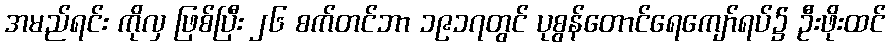
အမည်ရင်း ကိုလှ ဖြစ်ပြီး ၂၆ စက်တင်ဘာ ၁၉၁၇တွင် ပုစွန်တောင်ရေကျော်ရပ်၌ ဦးဖိုးထင်